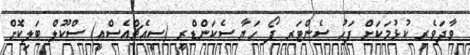
ވާދަވެރި ކުޅުމަކަށް ފަހު ސެންޓަރ ފޯ ހަޔާ ސެކަންޑްރީ (ސީއެޗްއެސްއީ) ސްކޫލް ބަލިކޮށް